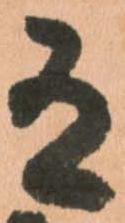
有